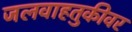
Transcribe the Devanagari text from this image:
जलवाहतुकीवर